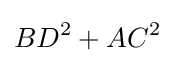
BD^{2}+AC^{2}